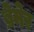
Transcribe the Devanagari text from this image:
ब्रेमेर